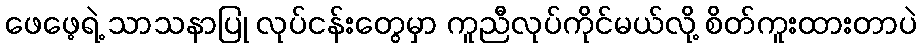
ဖေဖေ့ရဲ့ သာသနာပြု လုပ်ငန်းတွေမှာ ကူညီလုပ်ကိုင်မယ်လို့ စိတ်ကူးထားတာပဲ